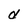
Character: d